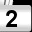
Digit: 2